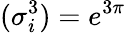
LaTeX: (\sigma_{i}^{3})=e^{3\pi}